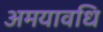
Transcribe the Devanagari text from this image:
अमयावधि